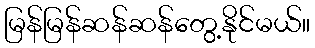
မြန်မြန်ဆန်ဆန်တွေ့နိုင်မယ်။